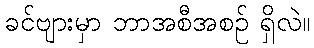
ခင်ဗျားမှာ ဘာအစီအစဉ် ရှိလဲ။